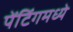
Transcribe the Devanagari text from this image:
पेंटिंगमध्ये